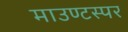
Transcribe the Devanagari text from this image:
माउण्टस्पर